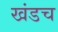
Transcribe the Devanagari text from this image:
खंडच